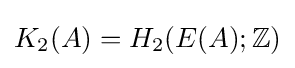
{K_{2}}(A)={H_{2}}(E(A);\mathbb {Z} )